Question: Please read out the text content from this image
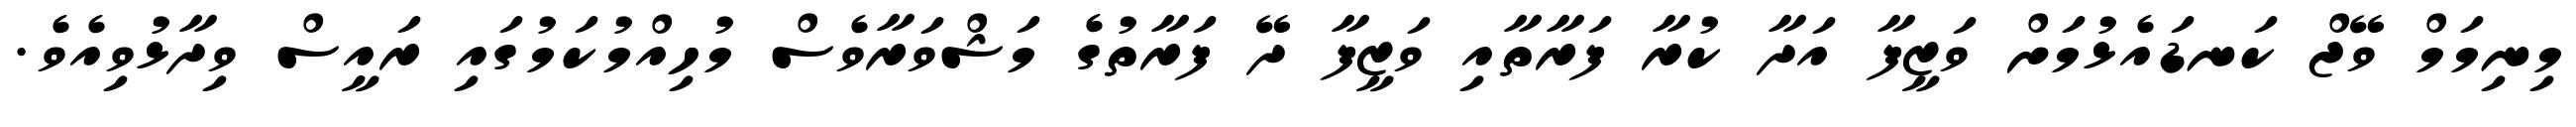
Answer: މިނިމަމް ވޭޖް ކަނޑައެޅުމަށް ވަޒީފާ އަދާ ކުރާ ފަރާތާއި ވަޒީފާ ދޭ ފަރާތުގެ މަޝްވަރާވެސް މުހިއްމުކަމުގައި ރައީސް ވިދާޅުވިއެވެ.